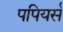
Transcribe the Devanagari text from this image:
पपियर्स